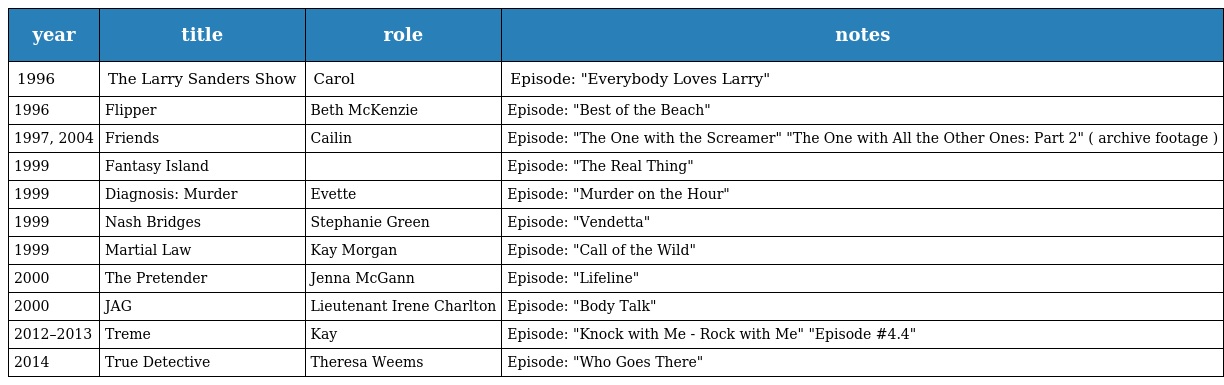
| year | title | role | notes |
 | --- | --- | --- | --- |
 | 1996 | The Larry Sanders Show | Carol | Episode: "Everybody Loves Larry" |
 | 1996 | Flipper | Beth McKenzie | Episode: "Best of the Beach" |
 | 1997, 2004 | Friends | Cailin | Episode: "The One with the Screamer" "The One with All the Other Ones: Part 2" ( archive footage ) |
 | 1999 | Fantasy Island |  | Episode: "The Real Thing" |
 | 1999 | Diagnosis: Murder | Evette | Episode: "Murder on the Hour" |
 | 1999 | Nash Bridges | Stephanie Green | Episode: "Vendetta" |
 | 1999 | Martial Law | Kay Morgan | Episode: "Call of the Wild" |
 | 2000 | The Pretender | Jenna McGann | Episode: "Lifeline" |
 | 2000 | JAG | Lieutenant Irene Charlton | Episode: "Body Talk" |
 | 2012–2013 | Treme | Kay | Episode: "Knock with Me - Rock with Me" "Episode #4.4" |
 | 2014 | True Detective | Theresa Weems | Episode: "Who Goes There" |